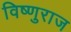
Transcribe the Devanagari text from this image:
विष्णुराज